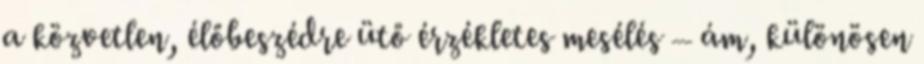
a közvetlen, élőbeszédre ütő érzékletes mesélés – ám, különösen